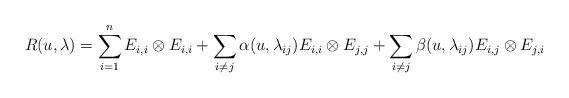
LaTeX: \begin{align*}R(u, \lambda) = \sum_{i = 1}^n E_{i, i} \otimes E_{i, i} + \sum_{i \neq j}\alpha(u, \lambda_{i j}) E_{i, i} \otimes E_{j, j} + \sum_{i \neq j} \beta(u, \lambda_{i j}) E_{i, j} \otimes E_{j, i}\end{align*}